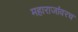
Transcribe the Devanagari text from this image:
महाराजांवरच